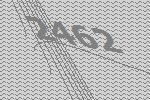
2462